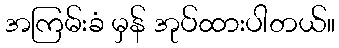
အကြမ်းခံ မှန် အုပ်ထားပါတယ်။